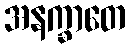
အနက္ခာတေ